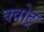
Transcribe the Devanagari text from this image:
क्वोट्र